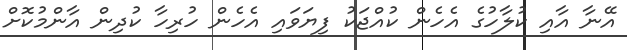
އޭނާ އާއި ކުލާހުގެ އެހެން ކުއްޖަކު ފިޔަވައި އެހެން ހުރިހާ ކުދިން އާންމުކޮށް